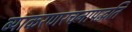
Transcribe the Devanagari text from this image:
व्याकरणरचनापद्धति